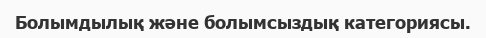
Болымдылық және болымсыздық категориясы.